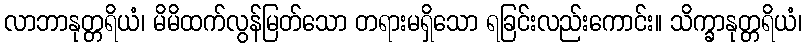
လာဘာနုတ္တရိယံ၊ မိမိထက်လွန်မြတ်သော တရားမရှိသော ရခြင်းလည်းကောင်း။ သိက္ခာနုတ္တရိယံ၊